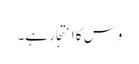
وِس کا انتجار ہے۔